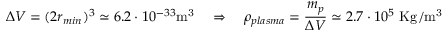
\Delta V = ( 2 r _ { m i n } ) ^ { 3 } \simeq 6 . 2 \cdot 1 0 ^ { - 3 3 } \mathrm { m ^ { 3 } } \quad \Rightarrow \quad \rho _ { p l a s m a } = \frac { m _ { p } } { \Delta V } \simeq 2 . 7 \cdot 1 0 ^ { 5 } ~ \mathrm { K g / m ^ { 3 } }